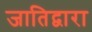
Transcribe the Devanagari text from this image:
जातिद्वारा